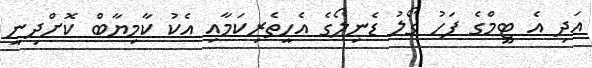
އަދި އެ ޓީމްގެ ފަހު ގޯލު ޑެނިލޯގެ އެހީތެރިކަމާއި އެކު ކާމިޔާބް ކޮށްދިނީ